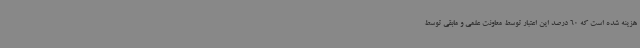
هزینه شده است که 60 درصد این اعتبار توسط معاونت علمی و مابقی توسط